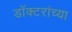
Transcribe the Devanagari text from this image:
डॉक्‍टरांच्या